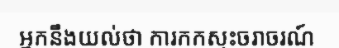
អ្នកនឹងយល់ថា ការកកស្ទះចរាចរណ៍